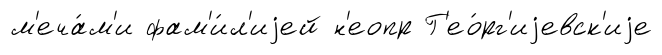
м'еча́м'и фам'и́л'иjей н'еопр Г'ео́рг'иjевск'иjе